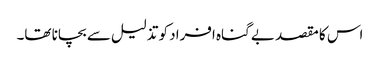
اس کا مقصد بے گناہ افراد کو تذلیل سے بچانا تھا۔